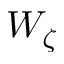
W _ { \zeta }